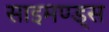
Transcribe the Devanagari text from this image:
साइमण्ड्स